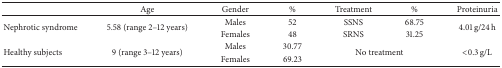
|  | Age | Gender | % | Treatment | % | Proteinuria |
 | --- | --- | --- | --- | --- | --- | --- |
 | <ROWSPAN=2> Nephrotic syndrome | <ROWSPAN=2> 5.58 (range 2–12 years) | Males | 52 | SSNS | 68.75 | <ROWSPAN=2> 4.01 g/24 h |
 | Females | 48 | SRNS | 31.25 |
 | <ROWSPAN=2> Healthy subjects | <ROWSPAN=2> 9 (range 3–12 years) | Males | 30.77 | <ROWSPAN=2-COLSPAN=2> No treatment | <ROWSPAN=2> <0.3 g/L |
 | Females | 69.23 |